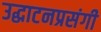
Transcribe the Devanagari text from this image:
उद्घाटनप्रसंगी